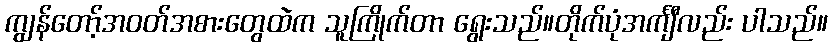
ကျွန်တော့်အဝတ်အစားတွေထဲက သူကြိုက်တာ ရွေးသည်။တိုက်ပုံအင်္ကျီလည်း ပါသည်။